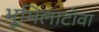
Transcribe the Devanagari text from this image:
भूमिलाटोवा